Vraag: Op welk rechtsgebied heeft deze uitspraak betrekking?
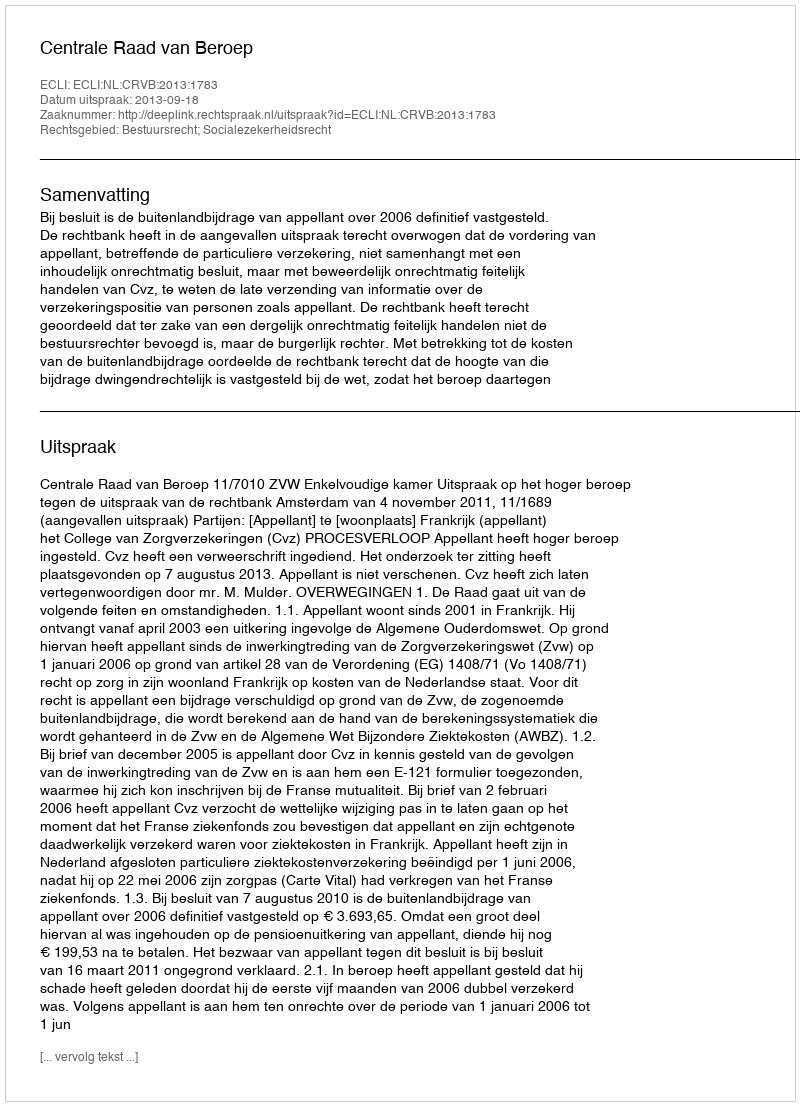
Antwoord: Bestuursrecht; Socialezekerheidsrecht